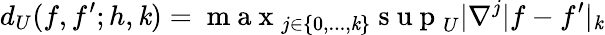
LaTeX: d_{U}(f,f^{\prime};h,\mathit{k})=\mathrm{{~m~a~x~}}_{j\in\{ 0,...,\mathit{k}\} }\mathrm{{~s~u~p~}}_{U}|\nabla^{j}|f-f^{\prime}|_{\mathit{k}}